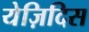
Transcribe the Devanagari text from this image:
येज़िदिस